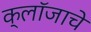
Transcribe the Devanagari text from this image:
क्लॉजाचे